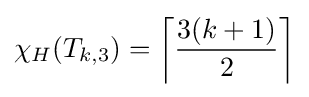
\chi _{H}(T_{k,3})=\left\lceil {\frac {3(k+1)}{2}}\right\rceil